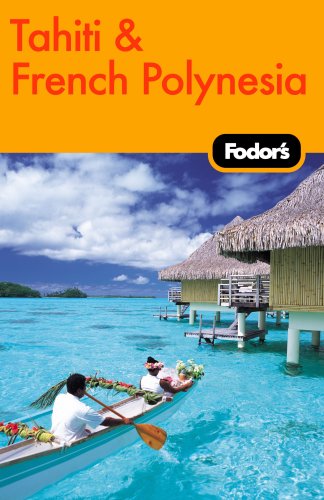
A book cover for Fodor's Tahiti & French Polynesia, 1st Edition (Travel Guide); Fodor's; Travel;